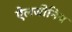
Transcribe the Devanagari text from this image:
ऐलजीनिब